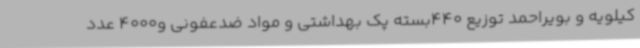
کیلویه و بویراحمد توزیع 440بسته پک بهداشتی و مواد ضدعفونی و4000 عدد